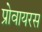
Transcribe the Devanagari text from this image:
प्रोवायरस